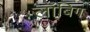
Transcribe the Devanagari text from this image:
लॉबिग